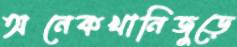
অনেকখানিজুড়ে